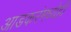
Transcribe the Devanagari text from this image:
आडकरंमध्येही